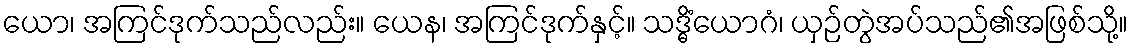
ယော၊ အကြင်ဒုက်သည်လည်း။ ယေန၊ အကြင်ဒုက်နှင့်။ သဒ္ဓိံယောဂံ၊ ယှဉ်တွဲအပ်သည်၏အဖြစ်သို့။